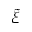
\tilde { \xi }